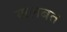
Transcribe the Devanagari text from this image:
खलबत